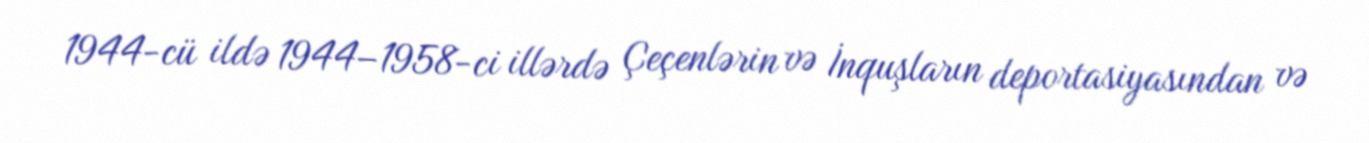
1944-cü ildə 1944–1958-ci illərdə Çeçenlərin və İnquşların deportasiyasından və